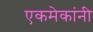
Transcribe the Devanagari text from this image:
एकमेकांनी